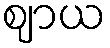
ဈာယ